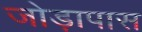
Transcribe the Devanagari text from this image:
जोड़ापास